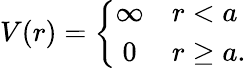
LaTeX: V(r)=\left\{ \begin{array}{cl}{{\infty}}&{{r<a}}\\ {{0}}&{{r\ge a.}}\end{array}\right.